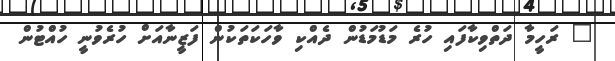
" ރަހީމާ ދަތްވިކާފައި ހުރެ މަޑުމަޑުން ދެއްކި ވާހަކަތަކުން ފަޒީނާއަށް ހުރެވުނީ ހުއްޓުން